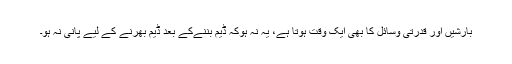
بارشیں اور قدرتی وسائل کا بھی ایک وقت ہوتا ہے، یہ نہ ہوکہ ڈیم بننےکے بعد ڈیم بھرنے کے لیے پانی نہ ہو۔